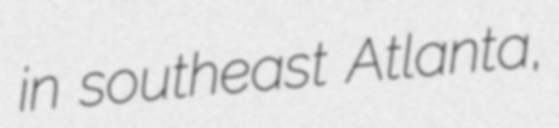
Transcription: in southeast Atlanta,